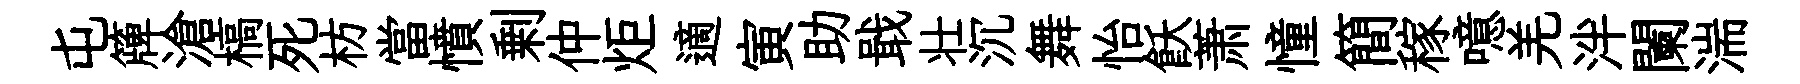
屯簰滄槁死枋當憤剰仲炬適寅助戢壮沉舞怡飫萧憧簡稼噫羌泮闌湍